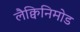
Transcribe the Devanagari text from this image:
लैक्विनिमोड